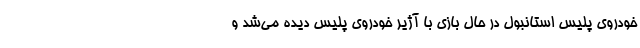
خودروی پلیس استانبول در حال بازی با آژیر خودروی پلیس دیده می‌شد و